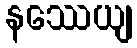
နဿေယျ